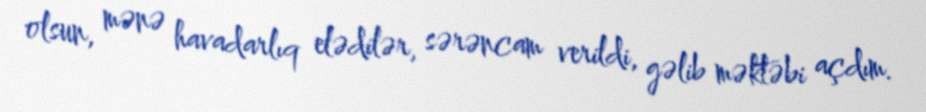
olsun, mənə havadarlıq elədilər, sərəncam verildi, gəlib məktəbi açdım.